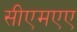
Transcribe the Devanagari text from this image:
सीएमएए